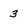
Character: 3